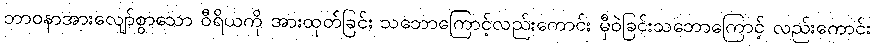
ဘာဝနာအားလျော်စွာသော ဝီရိယကို အားထုတ်ခြင်း သဘောကြောင့်လည်းကောင်း မှီဝဲခြင်းသဘောကြောင့် လည်းကောင်း